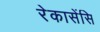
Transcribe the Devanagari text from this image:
रेकासेंसि